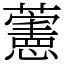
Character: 藼